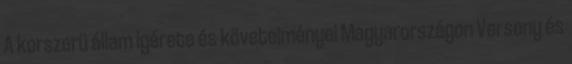
A korszerü állam igérete és követelményei Magyarországon Verseny és